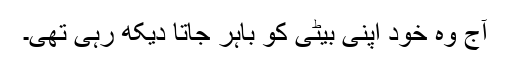
آج وہ خود اپنی بیٹی کو باہر جاتا دیکھ رہی تھی۔